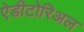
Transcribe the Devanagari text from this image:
ऐडीटोरिअल